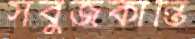
সবুজকান্তি